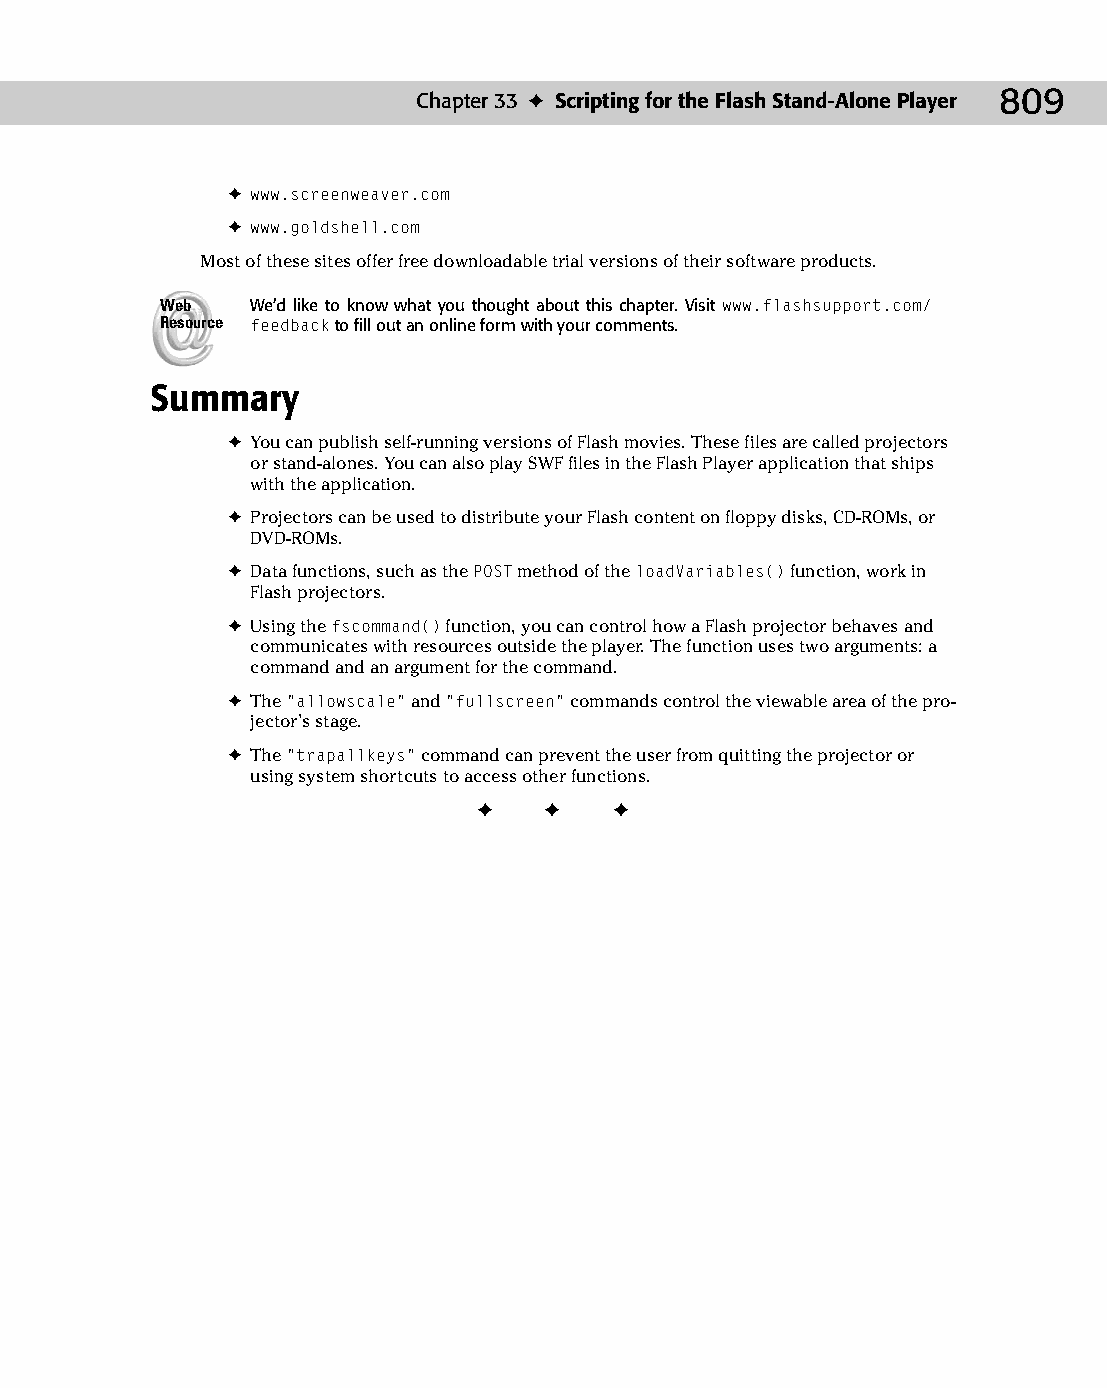
43 543547 ch33.qxd 3/24/04 4:16 PM Page 809
 Chapter 33 ✦ Scripting for the Flash Stand-Alone Player 809
 ✦ www.screenweaver.com
 ✦ www.goldshell.com
 Most of these sites offer free downloadable trial versions of their software products.
 Web   We’d like to know what you thought about this chapter. Visit www.flashsupport.com/
 Resource feedback to fill out an online form with your comments.
 Summary
 ✦ You can publish self-running versions of Flash movies. These files are called projectors
 or stand-alones. You can also play SWF files in the Flash Player application that ships
 with the application.
 ✦ Projectors can be used to distribute your Flash content on floppy disks, CD-ROMs, or
 DVD-ROMs.
 ✦ Data functions, such as the POST method of the loadVariables() function, work in
 Flash projectors.
 ✦ Using the fscommand() function, you can control how a Flash projector behaves and
 communicates with resources outside the player. The function uses two arguments: a
 command and an argument for the command.
 ✦ The “allowscale” and “fullscreen” commands control the viewable area of the pro-
 jector’s stage.
 ✦ The “trapallkeys” command can prevent the user from quitting the projector or
 using system shortcuts to access other functions.
 ✦  ✦  ✦